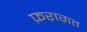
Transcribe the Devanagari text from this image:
फ़राग़त